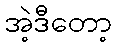
အဲ့ဒီတော့